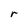
Character: r